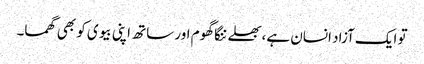
تو ایک آزاد انسان ہے،بھلے ننگا گھوم اور ساتھ اپنی بیوی کو بھی گھما۔